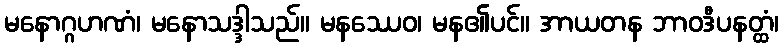
မနောဂ္ဂဟဏံ၊ မနောသဒ္ဒါသည်။ မနဿေဝ၊ မန၏ပင်။ အာယတန ဘာဝဒီပနတ္ထံ၊